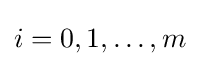
i=0,1,\ldots ,m